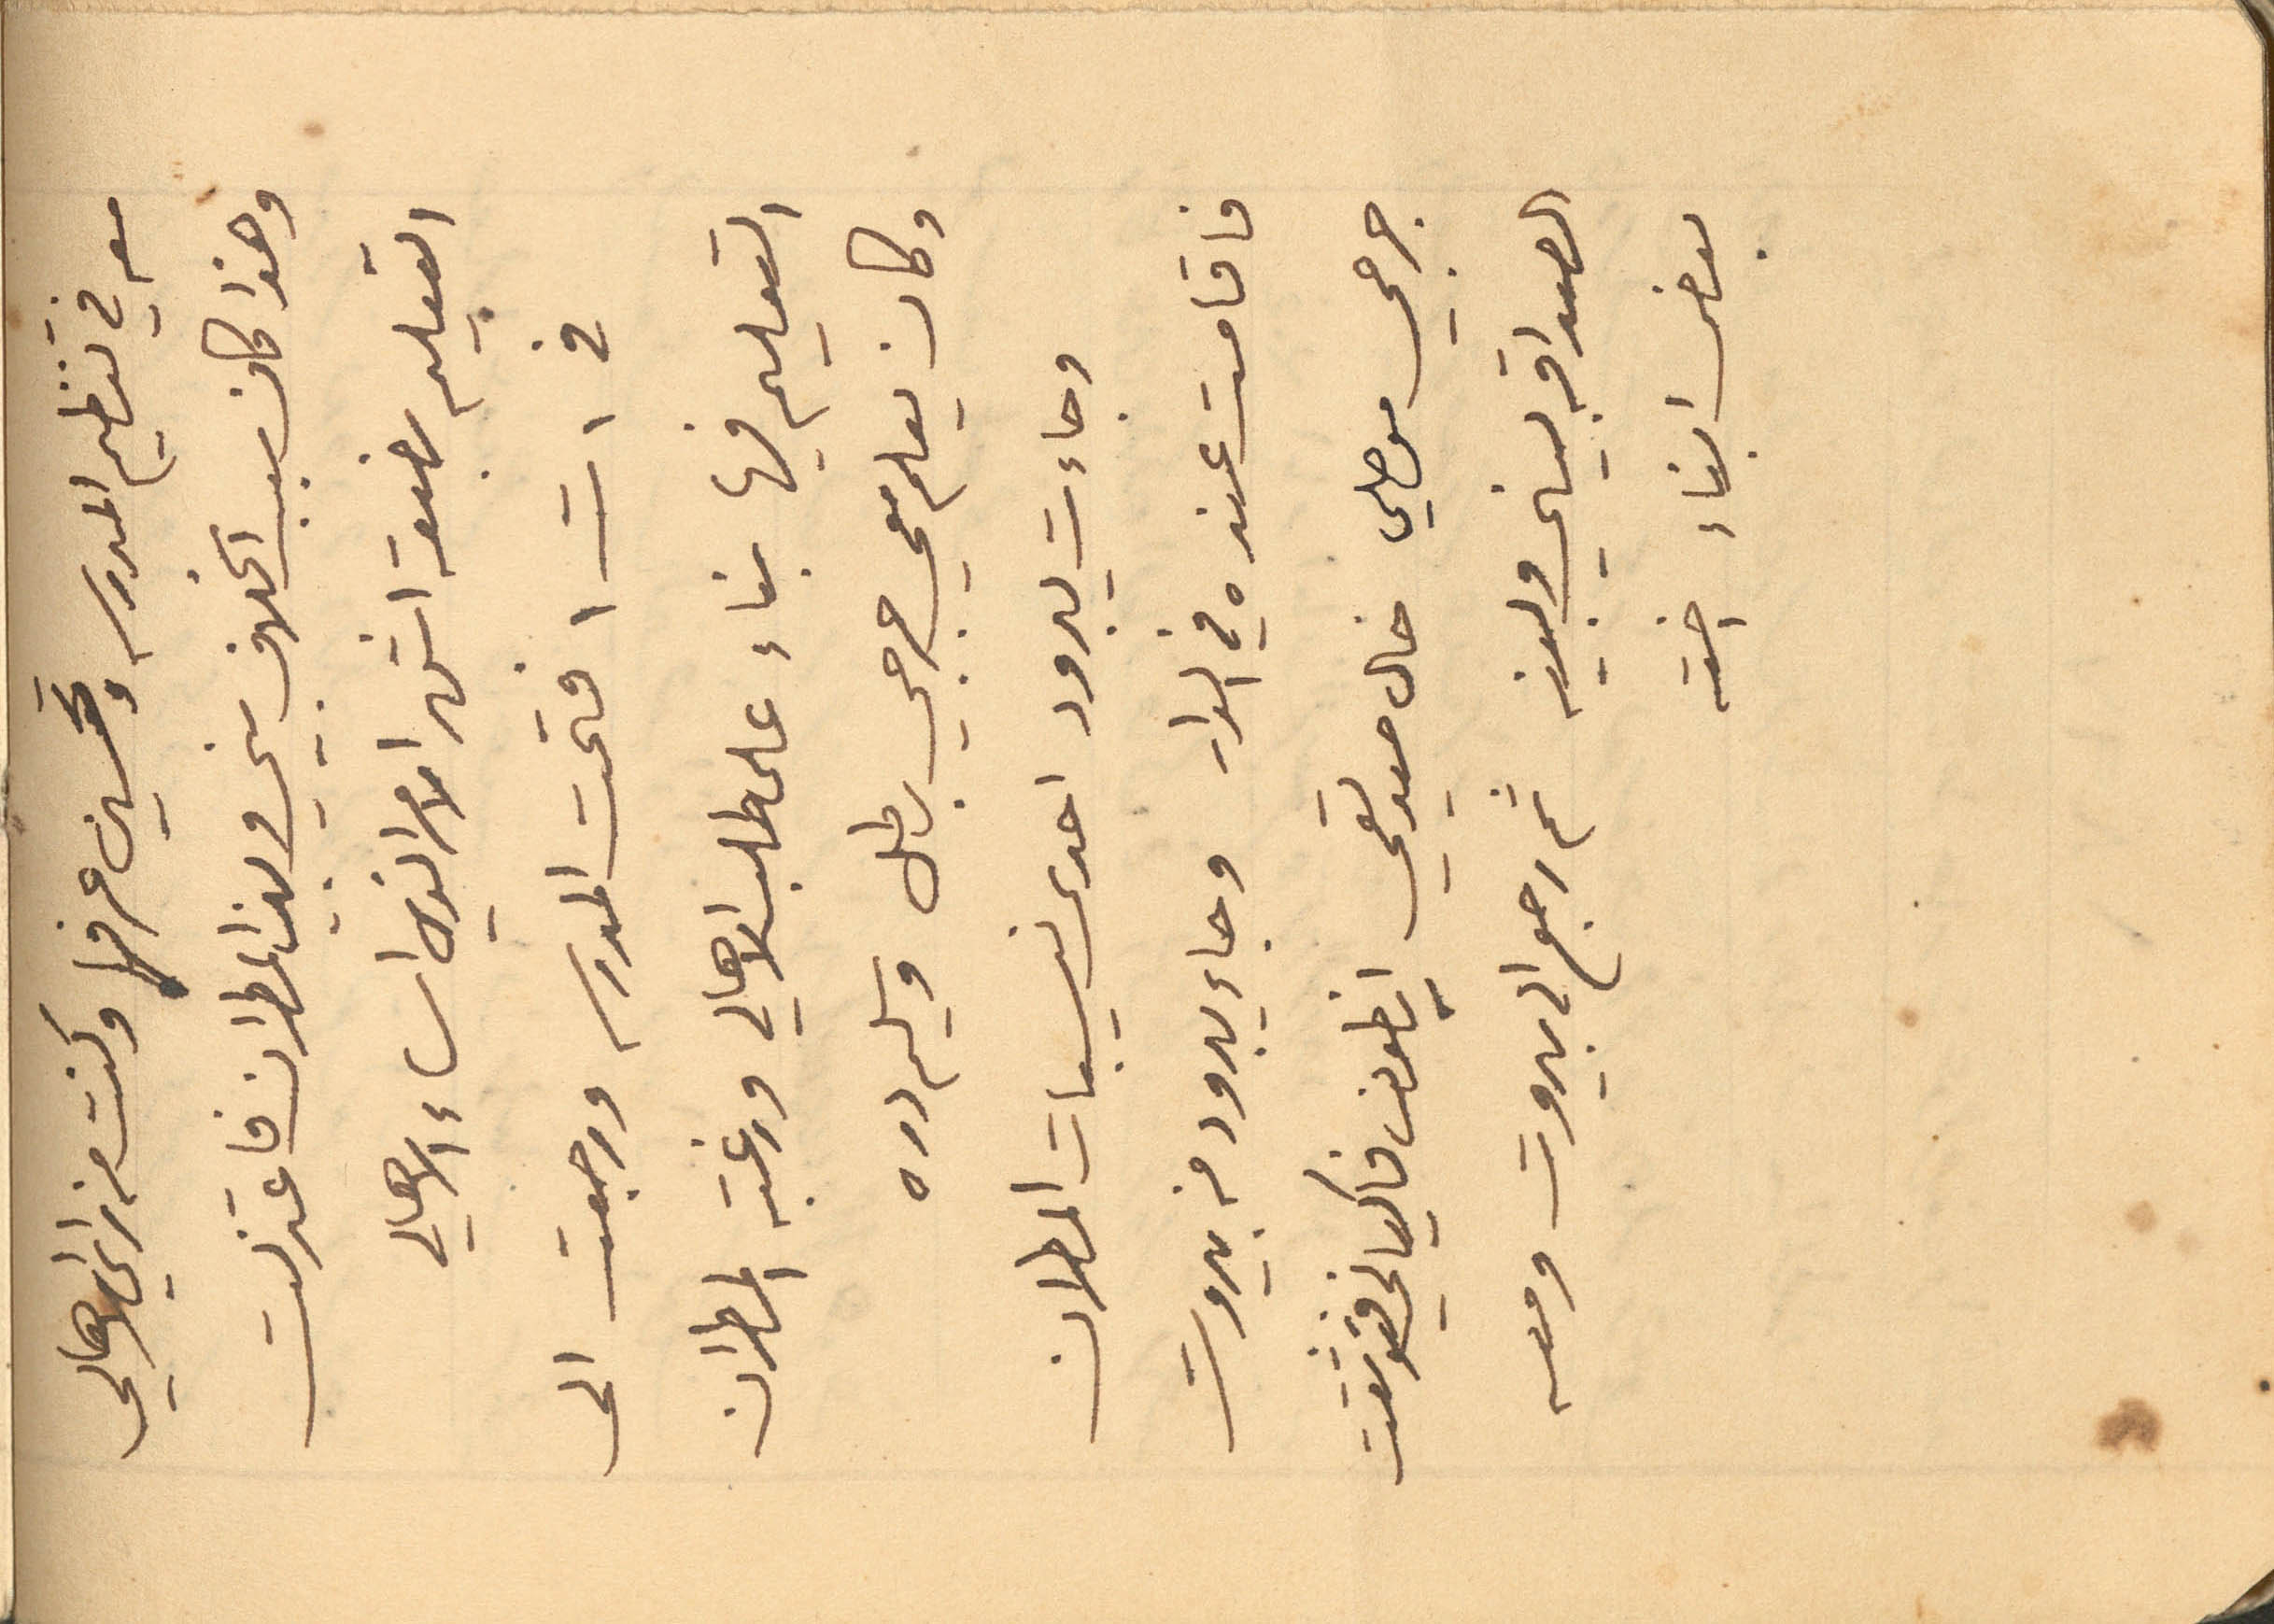
معه في تنظيم المدرسه وتحسين عرفها وكنت من راي الاهالي
وهذا كان سبب الخلاف بيني وبين المطران فاعتزلت
في 1 ت1 فتحت المدرسه ورجعت الى
التعليم فيها بناء على طلب الاهالي ورغبة المطران
وكان يعلم معي جرجي بطل وسليم دره
وجاءت يبرود احدى نسيبات المطران
فاقامت عنده في الدار وجاء يبرود من بيروت
جرجي موصلي خال صديقي انطون فاكياني فتوثقت
الصداقه بيني وبينه ثم رجع الى بيروت ومعه
بعض ابناء اخته
التعليم بضعة اشهر الامر الذي اساء الاهالي